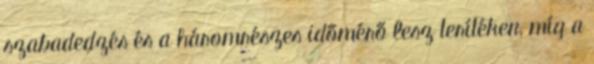
szabadedzés és a háromrészes időmérő lesz terítéken, míg a